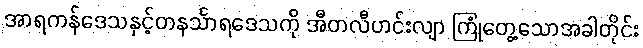
အာရကန်ဒေသနှင့်တနင်္သာရဒေသကို အီတလီဟင်းလျာ ကြုံတွေ့သောအခါတိုင်း